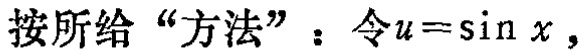
按所给 “方法”：令\(u = \sin x\)，